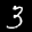
Label: 3